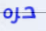
حره